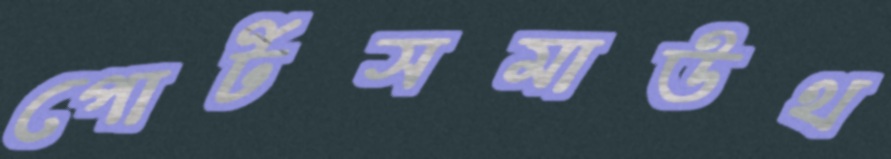
পোর্টসমাউথ